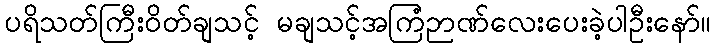
ပရိသတ်ကြီးဝိတ်ချသင့် မချသင့်အကြံဉာဏ်လေးပေးခဲ့ပါဦးနော်။